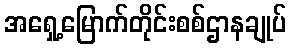
အရှေ့မြောက်တိုင်းစစ်ဌာနချုပ်